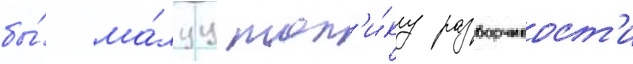
бы́ ма́луу тол'и́ку разборчивост'и